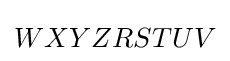
WXYZRSTUV